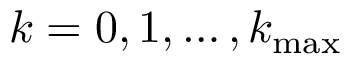
k = 0 , 1 , \ldots , k _ { \mathrm { m a x } }